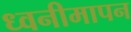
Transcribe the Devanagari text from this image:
ध्वनीमापन